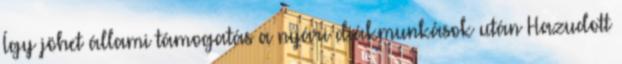
Így jöhet állami támogatás a nyári diákmunkások után Hazudott